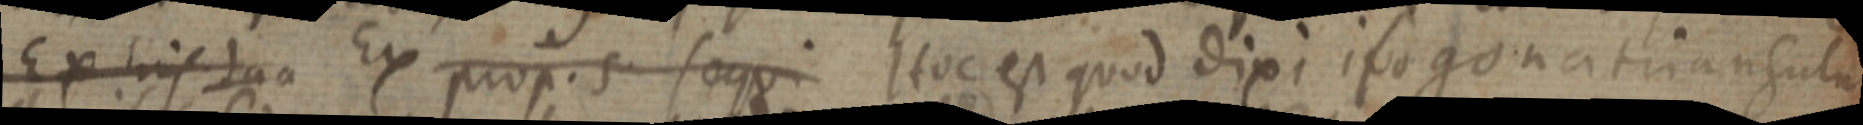
Ex his daa Ex prop. 5. sequi Hoc est quod dixi ipogona triangulu